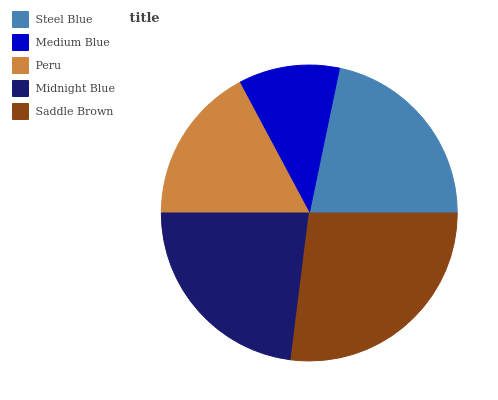
| Steel Blue | Medium Blue | Peru | Midnight Blue | Saddle Brown |
 | --- | --- | --- | --- | --- |
 | 21.8% | 11.1% | 17.2% | 23.1% | 26.9% |